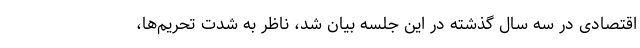
اقتصادی در سه سال گذشته در این جلسه بیان شد، ناظر به شدت تحریم‌ها،